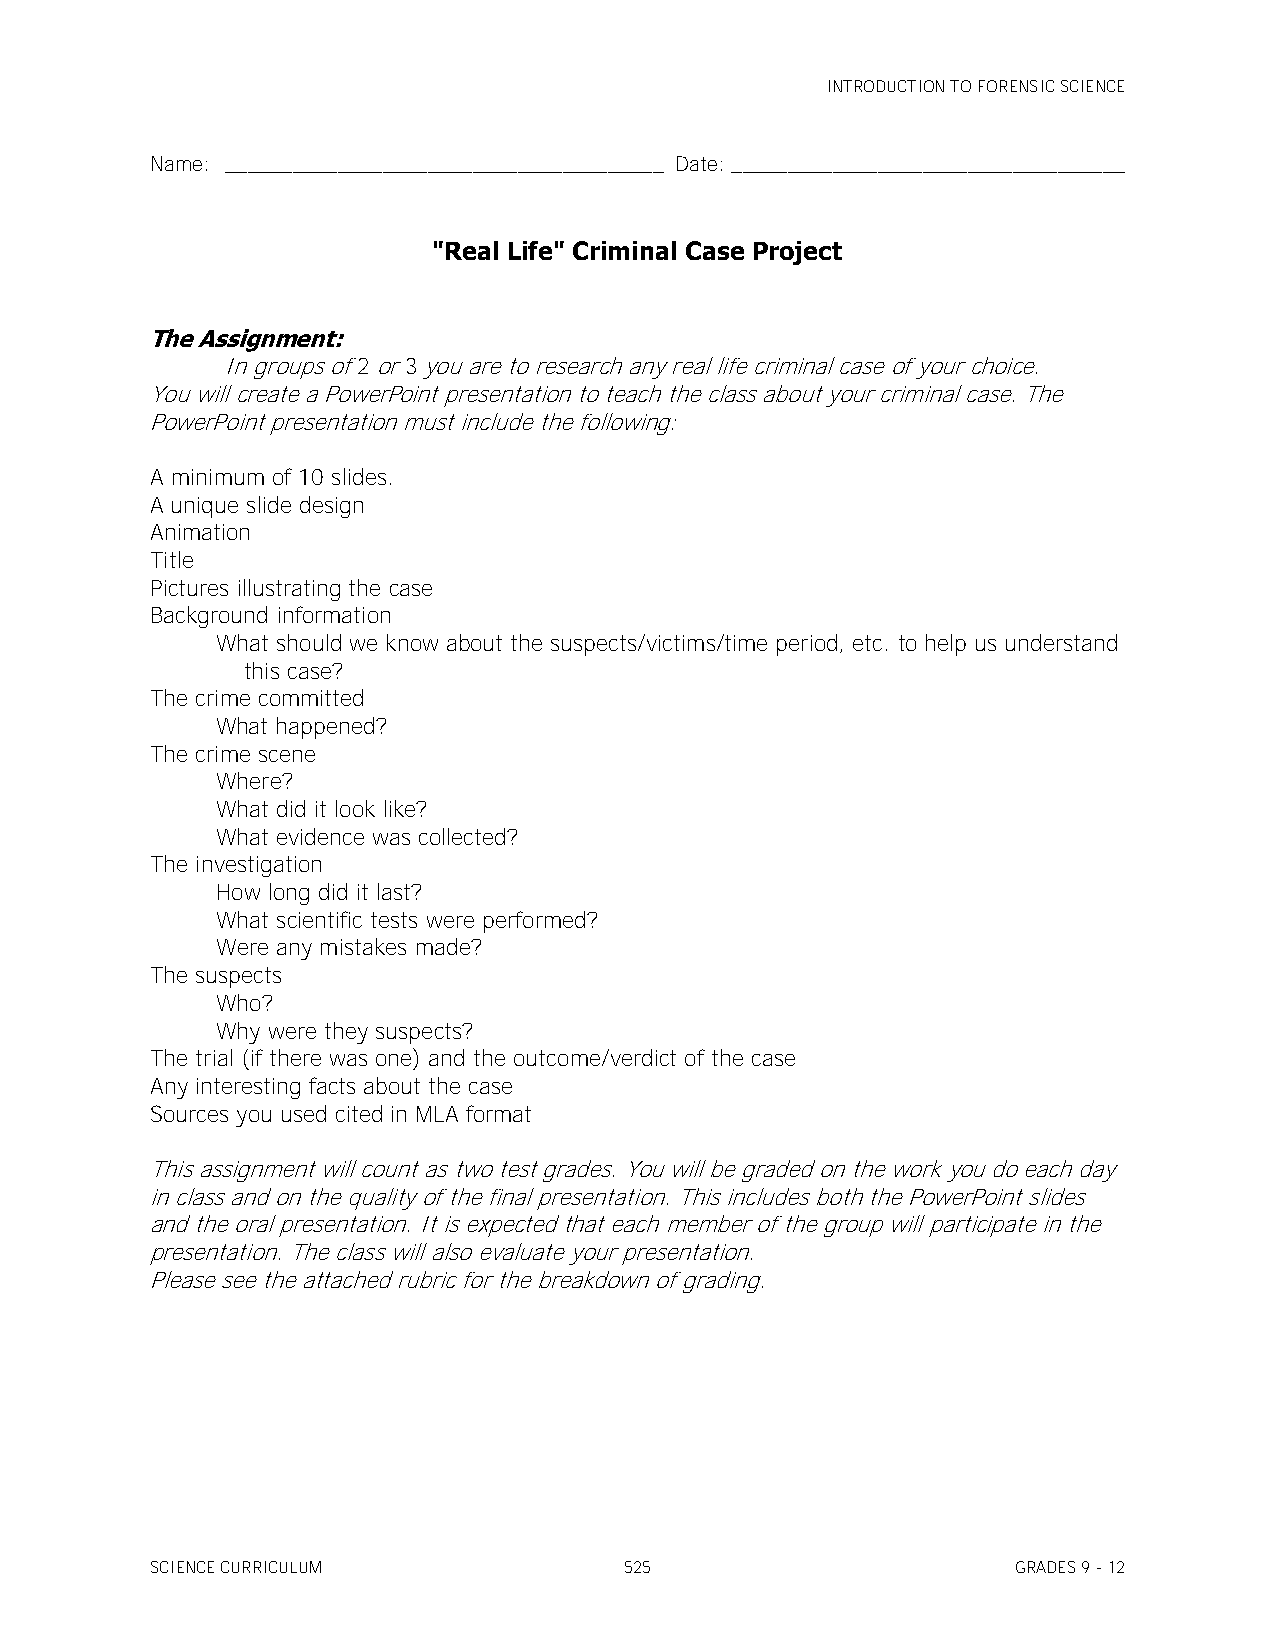
INTRODUCTION TO FORENSIC SCIENCE
 Name: _______________________________________ Date: ___________________________________
 "Real Life" Criminal Case Project
 The Assignment:
 In groups of 2 or 3 you are to research any real life criminal case of your choice.
 You will create a PowerPoint presentation to teach the class about your criminal case. The
 PowerPoint presentation must include the following:
 A minimum of 10 slides.
 A unique slide design
 Animation
 Title
 Pictures illustrating the case
 Background information
 What should we know about the suspects/victims/time period, etc. to help us understand
 this case?
 The crime committed
 What happened?
 The crime scene
 Where?
 What did it look like?
 What evidence was collected?
 The investigation
 How long did it last?
 What scientific tests were performed?
 Were any mistakes made?
 The suspects
 Who?
 Why were they suspects?
 The trial (if there was one) and the outcome/verdict of the case
 Any interesting facts about the case
 Sources you used cited in MLA format
 This assignment will count as two test grades. You will be graded on the work you do each day
 in class and on the quality of the final presentation. This includes both the PowerPoint slides
 and the oral presentation. It is expected that each member of the group will participate in the
 presentation. The class will also evaluate your presentation.
 Please see the attached rubric for the breakdown of grading.
 SCIENCE CURRICULUM             525                       GRADES 9 - 12